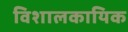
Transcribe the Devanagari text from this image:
विशालकायिक